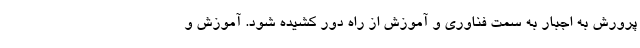
پرورش به اجبار به سمت فناوری و آموزش از راه دور کشیده شود. آموزش و